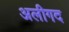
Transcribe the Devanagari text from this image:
अलीगद